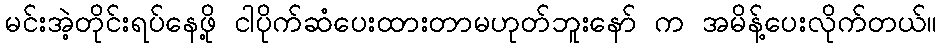
မင်းအဲ့တိုင်းရပ်နေဖို့ ငါပိုက်ဆံပေးထားတာမဟုတ်ဘူးနော် က အမိန့်ပေးလိုက်တယ်။